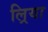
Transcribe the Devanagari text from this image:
ल्रिया